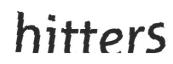
hitters